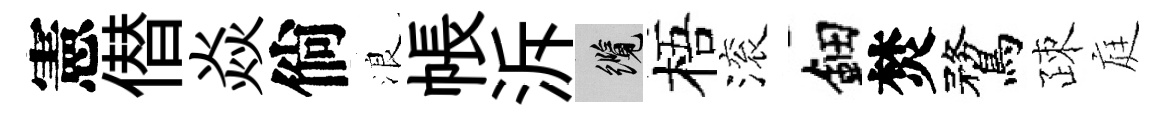
憲僣焱倘浪帳泝纜梧滚鈿焚鶩疎庭